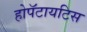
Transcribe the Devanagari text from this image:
होपॅटायटिस